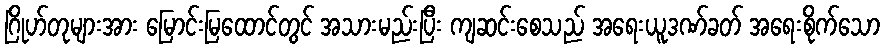
ဂြိုဟ်တုများအား မြောင်းမြထောင်တွင် အသားမည်းပြီး ကျဆင်းစေသည် အရေးယူဒဏ်ခတ် အရေးစိုက်သော